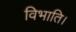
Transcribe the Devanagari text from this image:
विभाति।